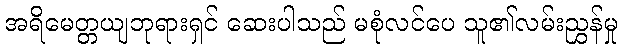
အရိမေတ္တယျဘုရားရှင် ဆေးပါသည် မစုံလင်ပေ သူ၏လမ်းညွှန်မှု